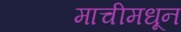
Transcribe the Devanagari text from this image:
माचीमधून